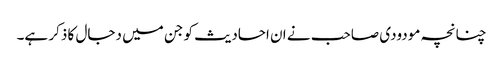
چنانچہ مودودی صاحب نے ان احادیث کو جن میں دجال کا ذکر ہے۔